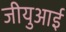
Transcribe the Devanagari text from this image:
जीयुआई